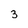
Character: 3